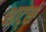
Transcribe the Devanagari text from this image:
शार्ट्स